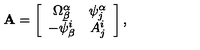
\mathrm { { \bf A } } = \left[ \begin{array} { c c } { \Omega _ { \beta } ^ { \alpha } } & { \psi _ { j } ^ { \alpha } } \\ { - \bar { \psi } _ { \beta } ^ { i } } & { A _ { j } ^ { i } } \\ \end{array} \right] ,